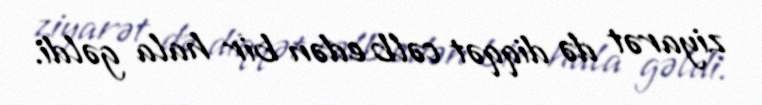
ziyarət də diqqət cəlb edən bir hala gəldi.